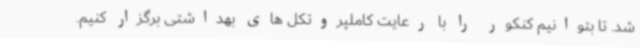
شد. تا بتوانیم کنکور را با رعایت کاملپروتکل های بهداشتی برگزار کنیم.